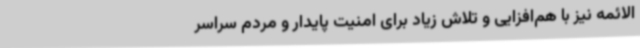
الائمه نیز با هم‌افزایی و تلاش زیاد برای امنیت پایدار و مردم سراسر